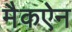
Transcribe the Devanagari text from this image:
मैकऐन